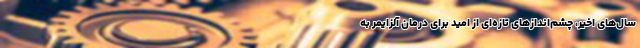
سال‌های اخیر، چشم‌اندازهای تازه‌ای از امید برای درمان آلزایمر به‌